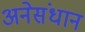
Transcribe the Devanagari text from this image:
अनेसंधान